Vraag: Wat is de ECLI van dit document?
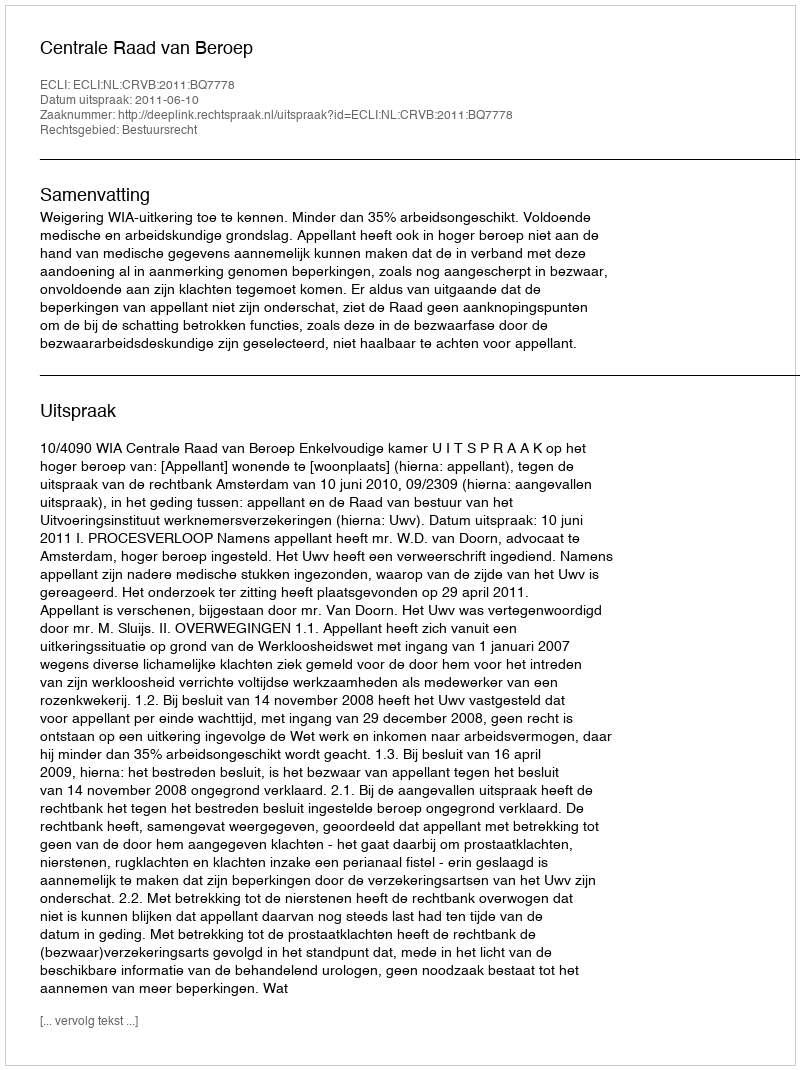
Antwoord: ECLI:NL:CRVB:2011:BQ7778